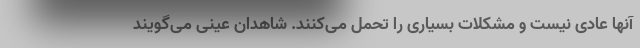
آنها عادی نیست و مشکلات بسیاری را تحمل می‌کنند. شاهدان عینی می‌گویند